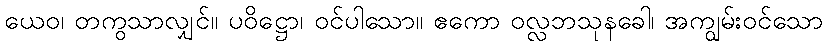
ယေဝ၊ တကွသာလျှင်။ ပဝိဋ္ဌော၊ ဝင်ပါသော။ ဧကော ဝလ္လဘသုနခေါ၊ အကျွမ်းဝင်သော